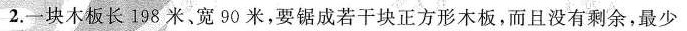
2.一块木板长198米、宽90米，要锯成若干块正方形木板，而且没有剩余，最少